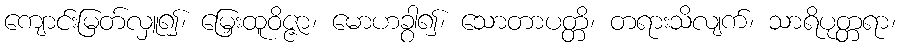
ကျောင်းမြတ်လှူ၍၊ မြှေးထူဝိဇ္ဇာ၊ မောဟခွါ၍၊ သောတာပတ္တိ၊ တရားသိလျက်၊ သာရိပုတ္တရာ၊